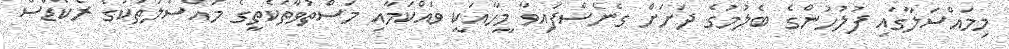
މިމައްސަލާގައި ފުލުހުންގެ ބެލުމުގެ ދަށަށް ގެނެސްފައިވާ މީހާއަކީ ވައްކަމާއި މަސްތުވާތަކެތީގެ މައްސަލަތަކުގެ ރެކޯޑްސް